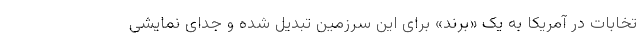
تخابات در آمریکا به یک «برند» برای این سرزمین تبدیل شده و جدای نمایشی